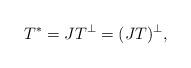
LaTeX: \begin{align*}T^*=JT^\perp=(JT)^{\perp},\end{align*}